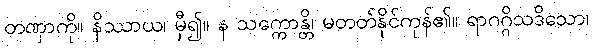
တဏှာကို။ နိဿာယ၊ မှီ၍။ န သက္ကောန္တိ၊ မတတ်နိုင်ကုန်၏။ ရာဂဂ္ဂိသဒိသော၊